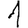
Digit: 1